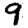
Digit: 9